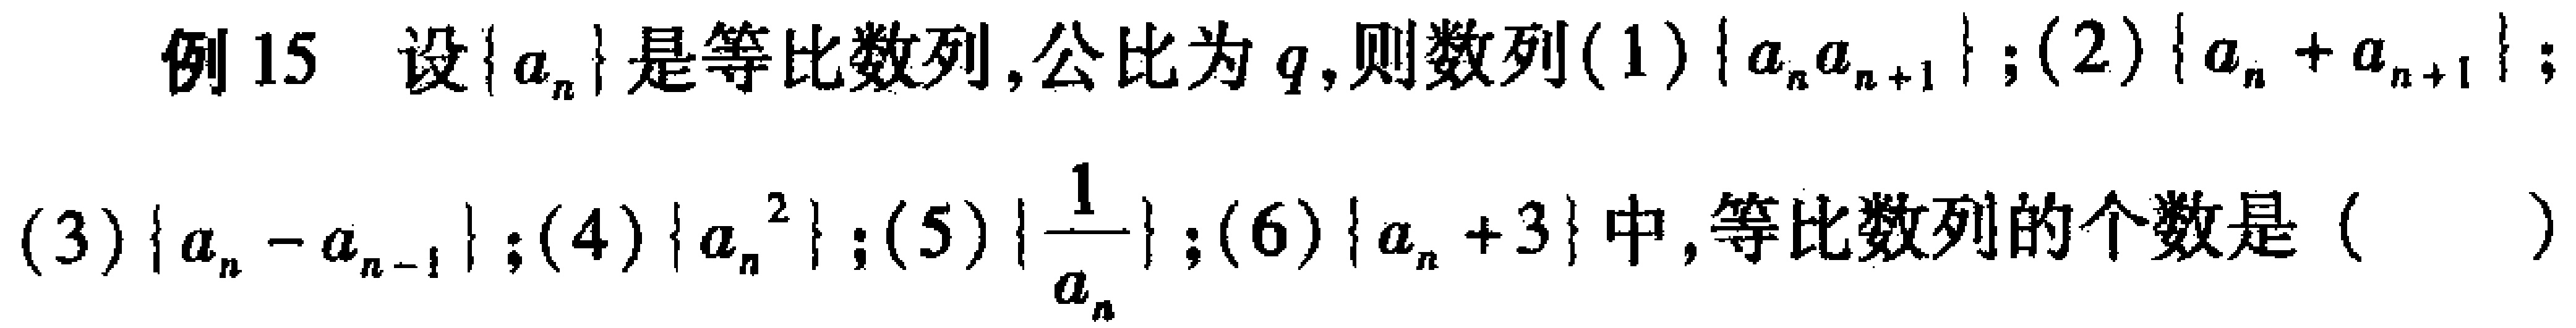
例15 设\(\{a_{n}\}\)是等比数列,公比为\(q\),则数列(1)\(\{a_{n}a_{n + 1}\}\);(2)\(\{a_{n}+a_{n + 1}\}\);(3)\(\{a_{n}-a_{n - 1}\}\);(4)\(\{a_{n}^{2}\}\);(5)\(\{\frac{1}{a_{n}}\}\);(6)\(\{a_{n}+3\}\)中,等比数列的个数是（  ）